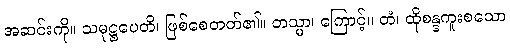
အဆင်းကို။ သမုဋ္ဌပေတိ၊ ဖြစ်စေတတ်၏။ တသ္မာ၊ ကြောင့်။ တံ၊ ထိုစန္ဒကူးစသော